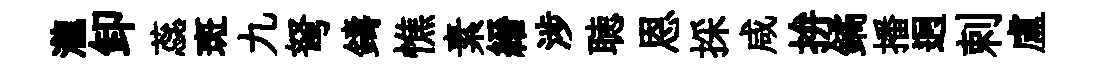
瀧卸蕊斑九弩鑄憔素縉涉聴恩採咸拚鐍播迥剌盧